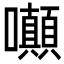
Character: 𡅥